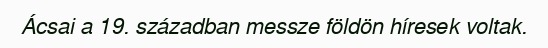
Ácsai a 19. században messze földön híresek voltak.